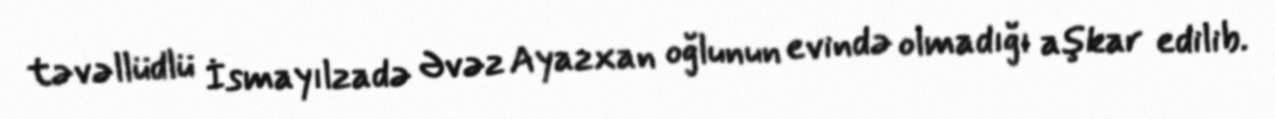
təvəllüdlü İsmayılzadə Əvəz Ayazxan oğlunun evində olmadığı aşkar edilib.